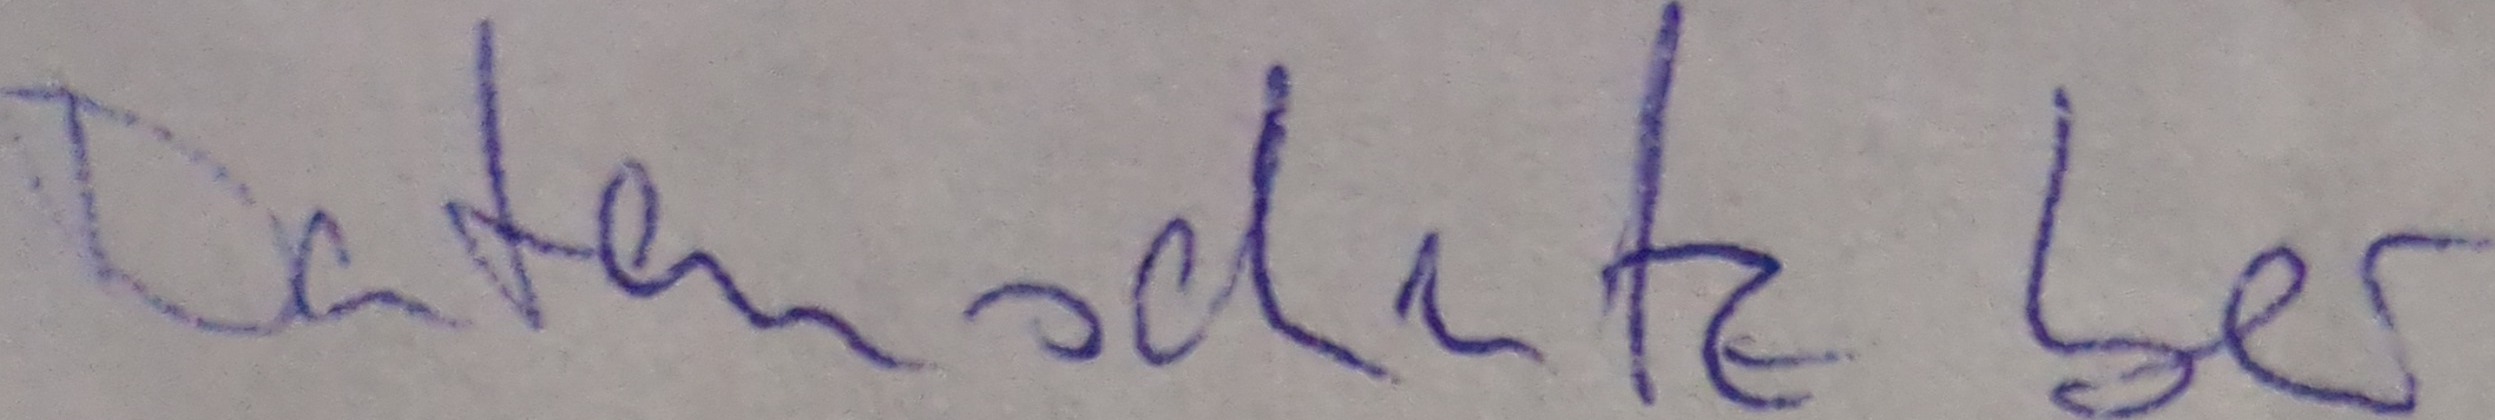
Datenschutz bei